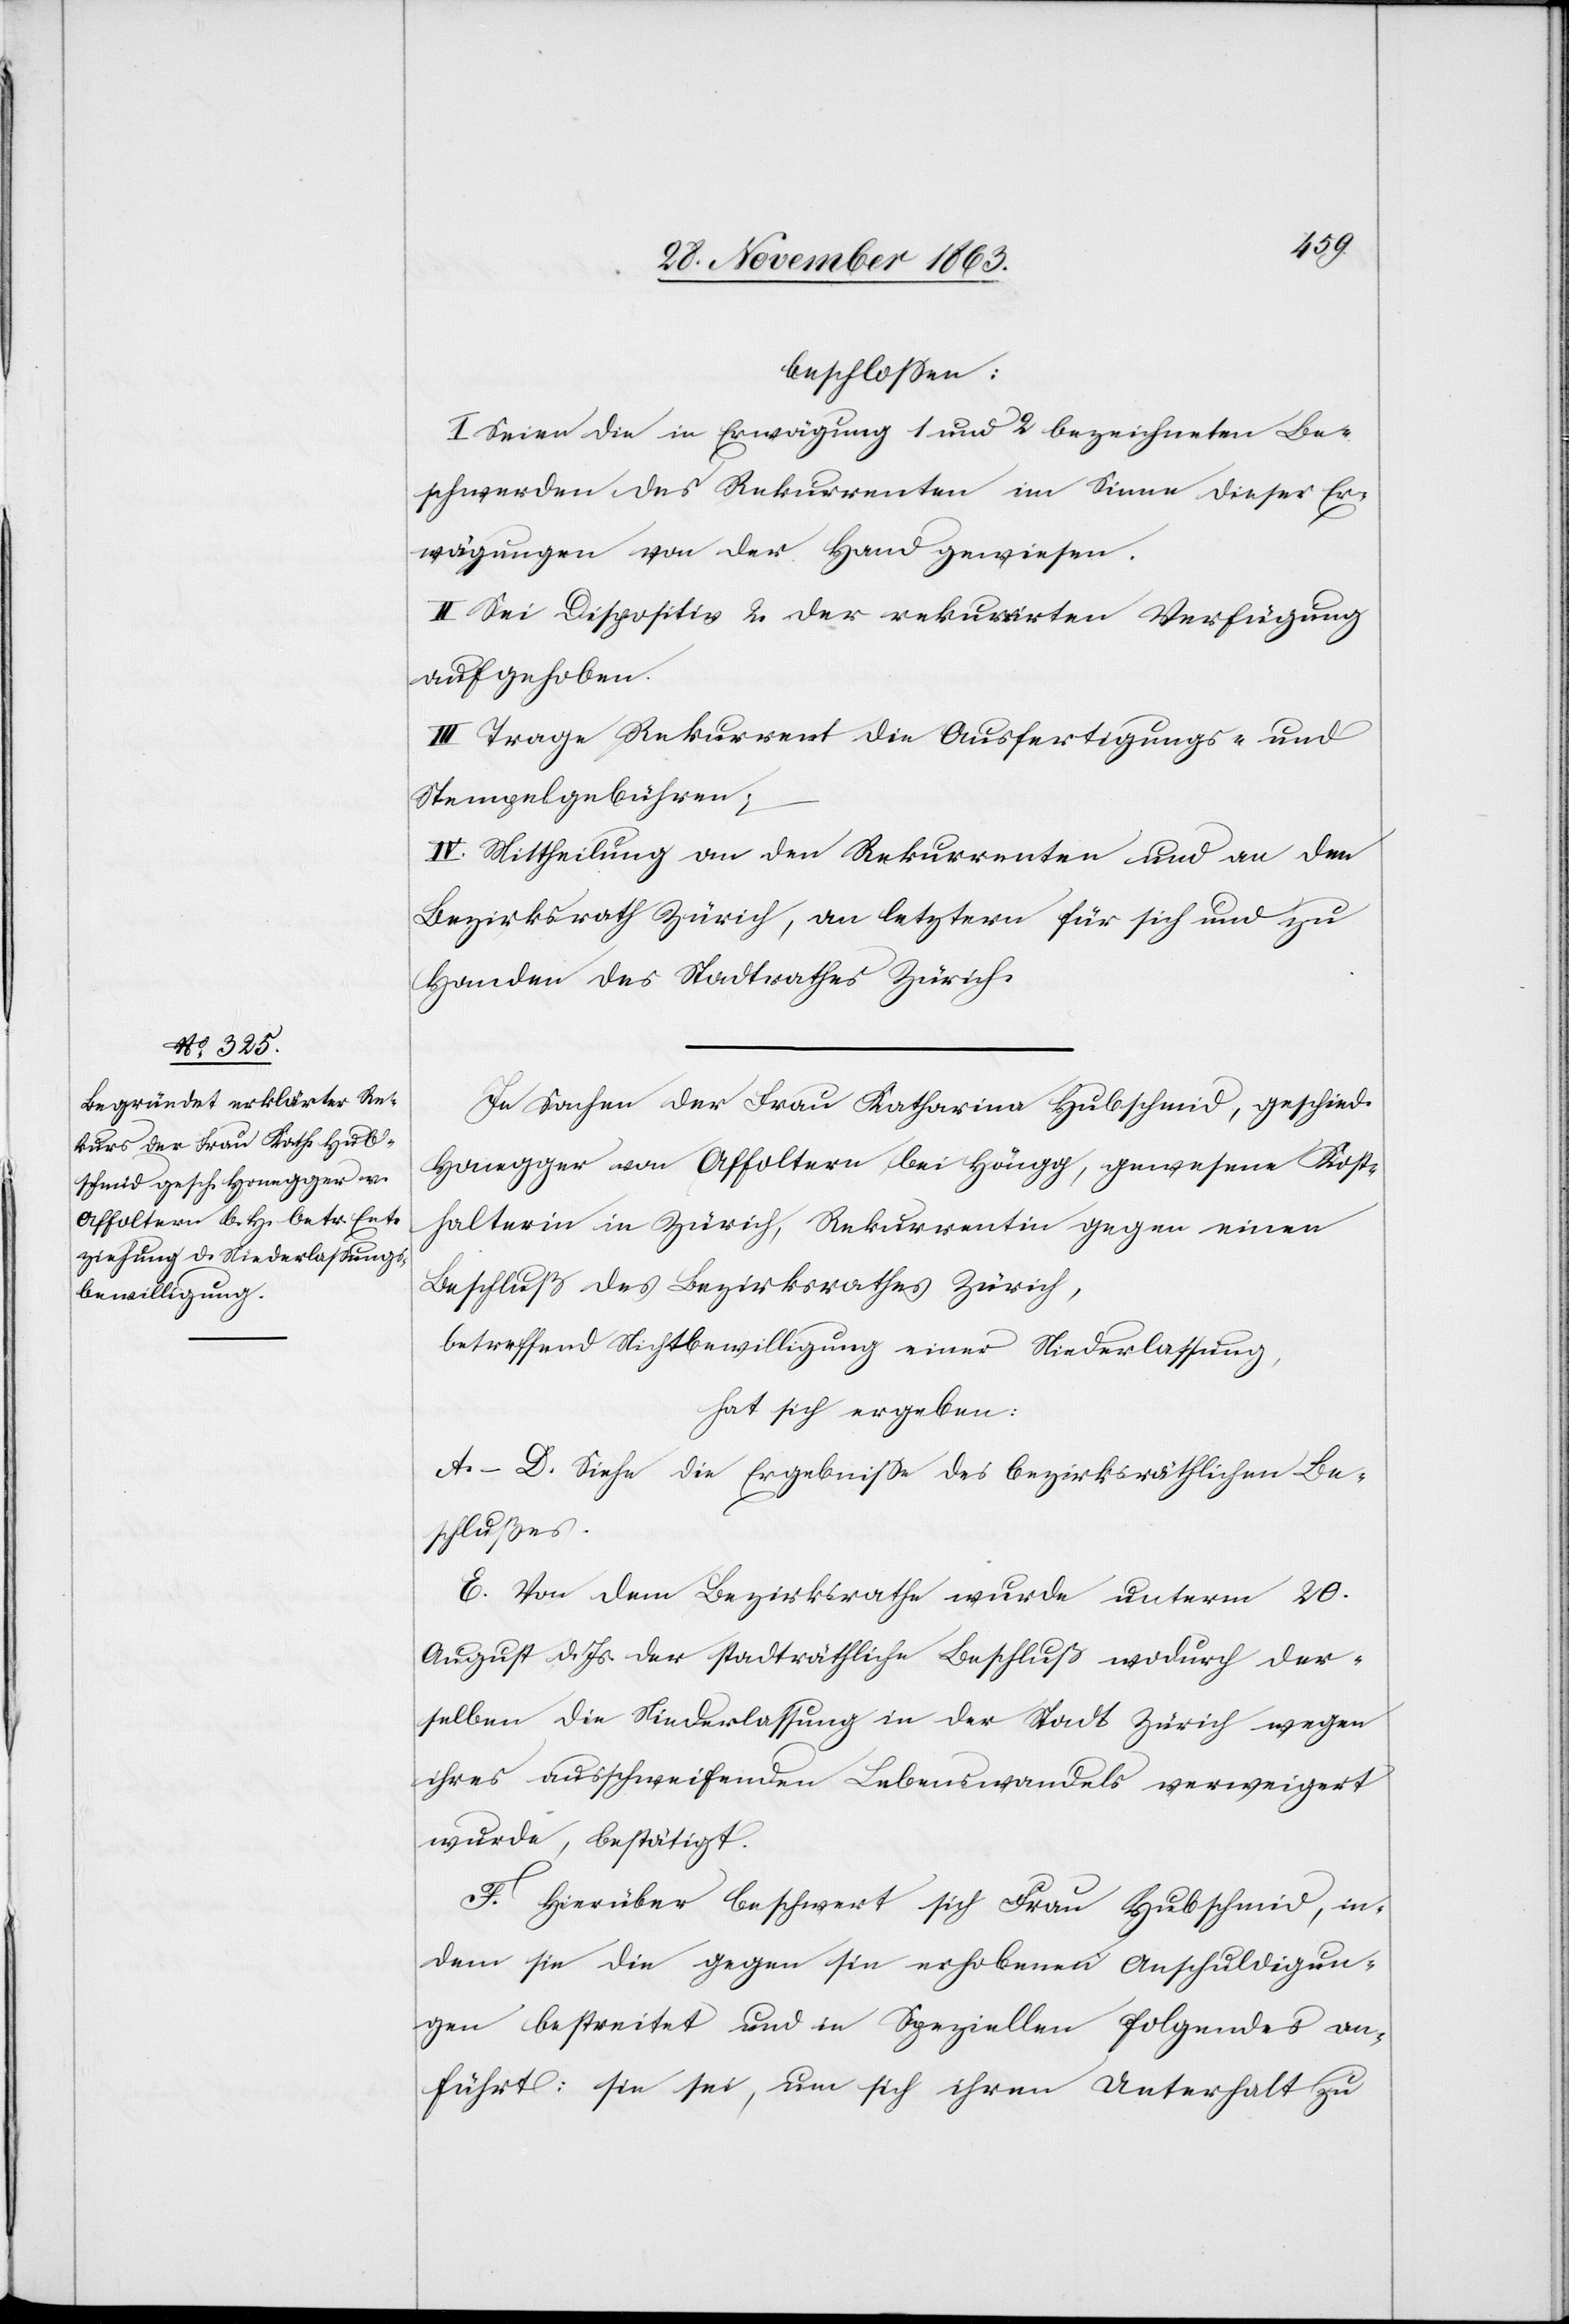
beschlossen:
I. Seien die in Erwägung 1 und 2 bezeichneten Be¬
schwerden des Rekurrenten im Sinne dieser Er¬
wägungen von der Hand gewiesen.
II. Sei Dispositiv 2 der rekurrirten Verfügung
aufgehoben.
III. Trage Rekurrent die Ausfertigungs- und
Stempelgebühren;
IV. Mittheilung an den Rekurrenten und an den
Bezirksrath Zürich, an letztern für sich und zu
Handen des Stadtrathes Zürich.
In Sachen der Frau Katharina Hubschmid, geschied.
Honegger von Affoltern bei Höngg, gewesene Kost¬
halterin in Zürich, Rekurrentin gegen einen
Beschluß des Bezirksrathes Zürich,
betreffend Nichtbewilligung einer Niederlassung,
hat sich ergeben:
A.–D. Siehe die Ergebnisse des bezirksräthlichen Be¬
schlußes.
E. Von dem Bezirksrathe wurde unterm 20.
August d. Js. der stadträthliche Beschluß wodurch der¬
selben die Niederlassung in der Stadt Zürich wegen
ihres ausschweifenden Lebenswandels verweigert
wurde, bestätigt.
F. Hierüber beschwert sich Frau Hubschmid, in¬
dem sie die gegen sie erhobenen Anschuldigun¬
gen bestreitet und in Speziellen folgendes an¬
führt: sie sei, um sich ihren Unterhalt zu